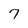
Character: 7